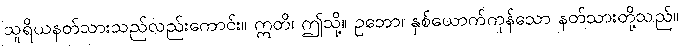
သူရိယနတ်သားသည်လည်းကောင်း။ ဣတိ၊ ဤသို့။ ဥဘော၊ နှစ်ယောက်ကုန်သော နတ်သားတို့သည်။